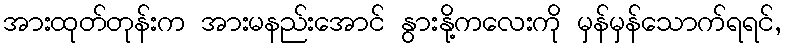
အားထုတ်တုန်းက အားမနည်းအောင် နွားနို့ကလေးကို မှန်မှန်သောက်ရရင်,